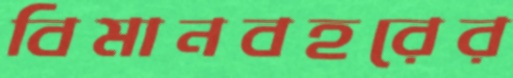
বিমানবহরের